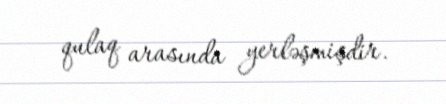
qulaq arasında yerləşmişdir.